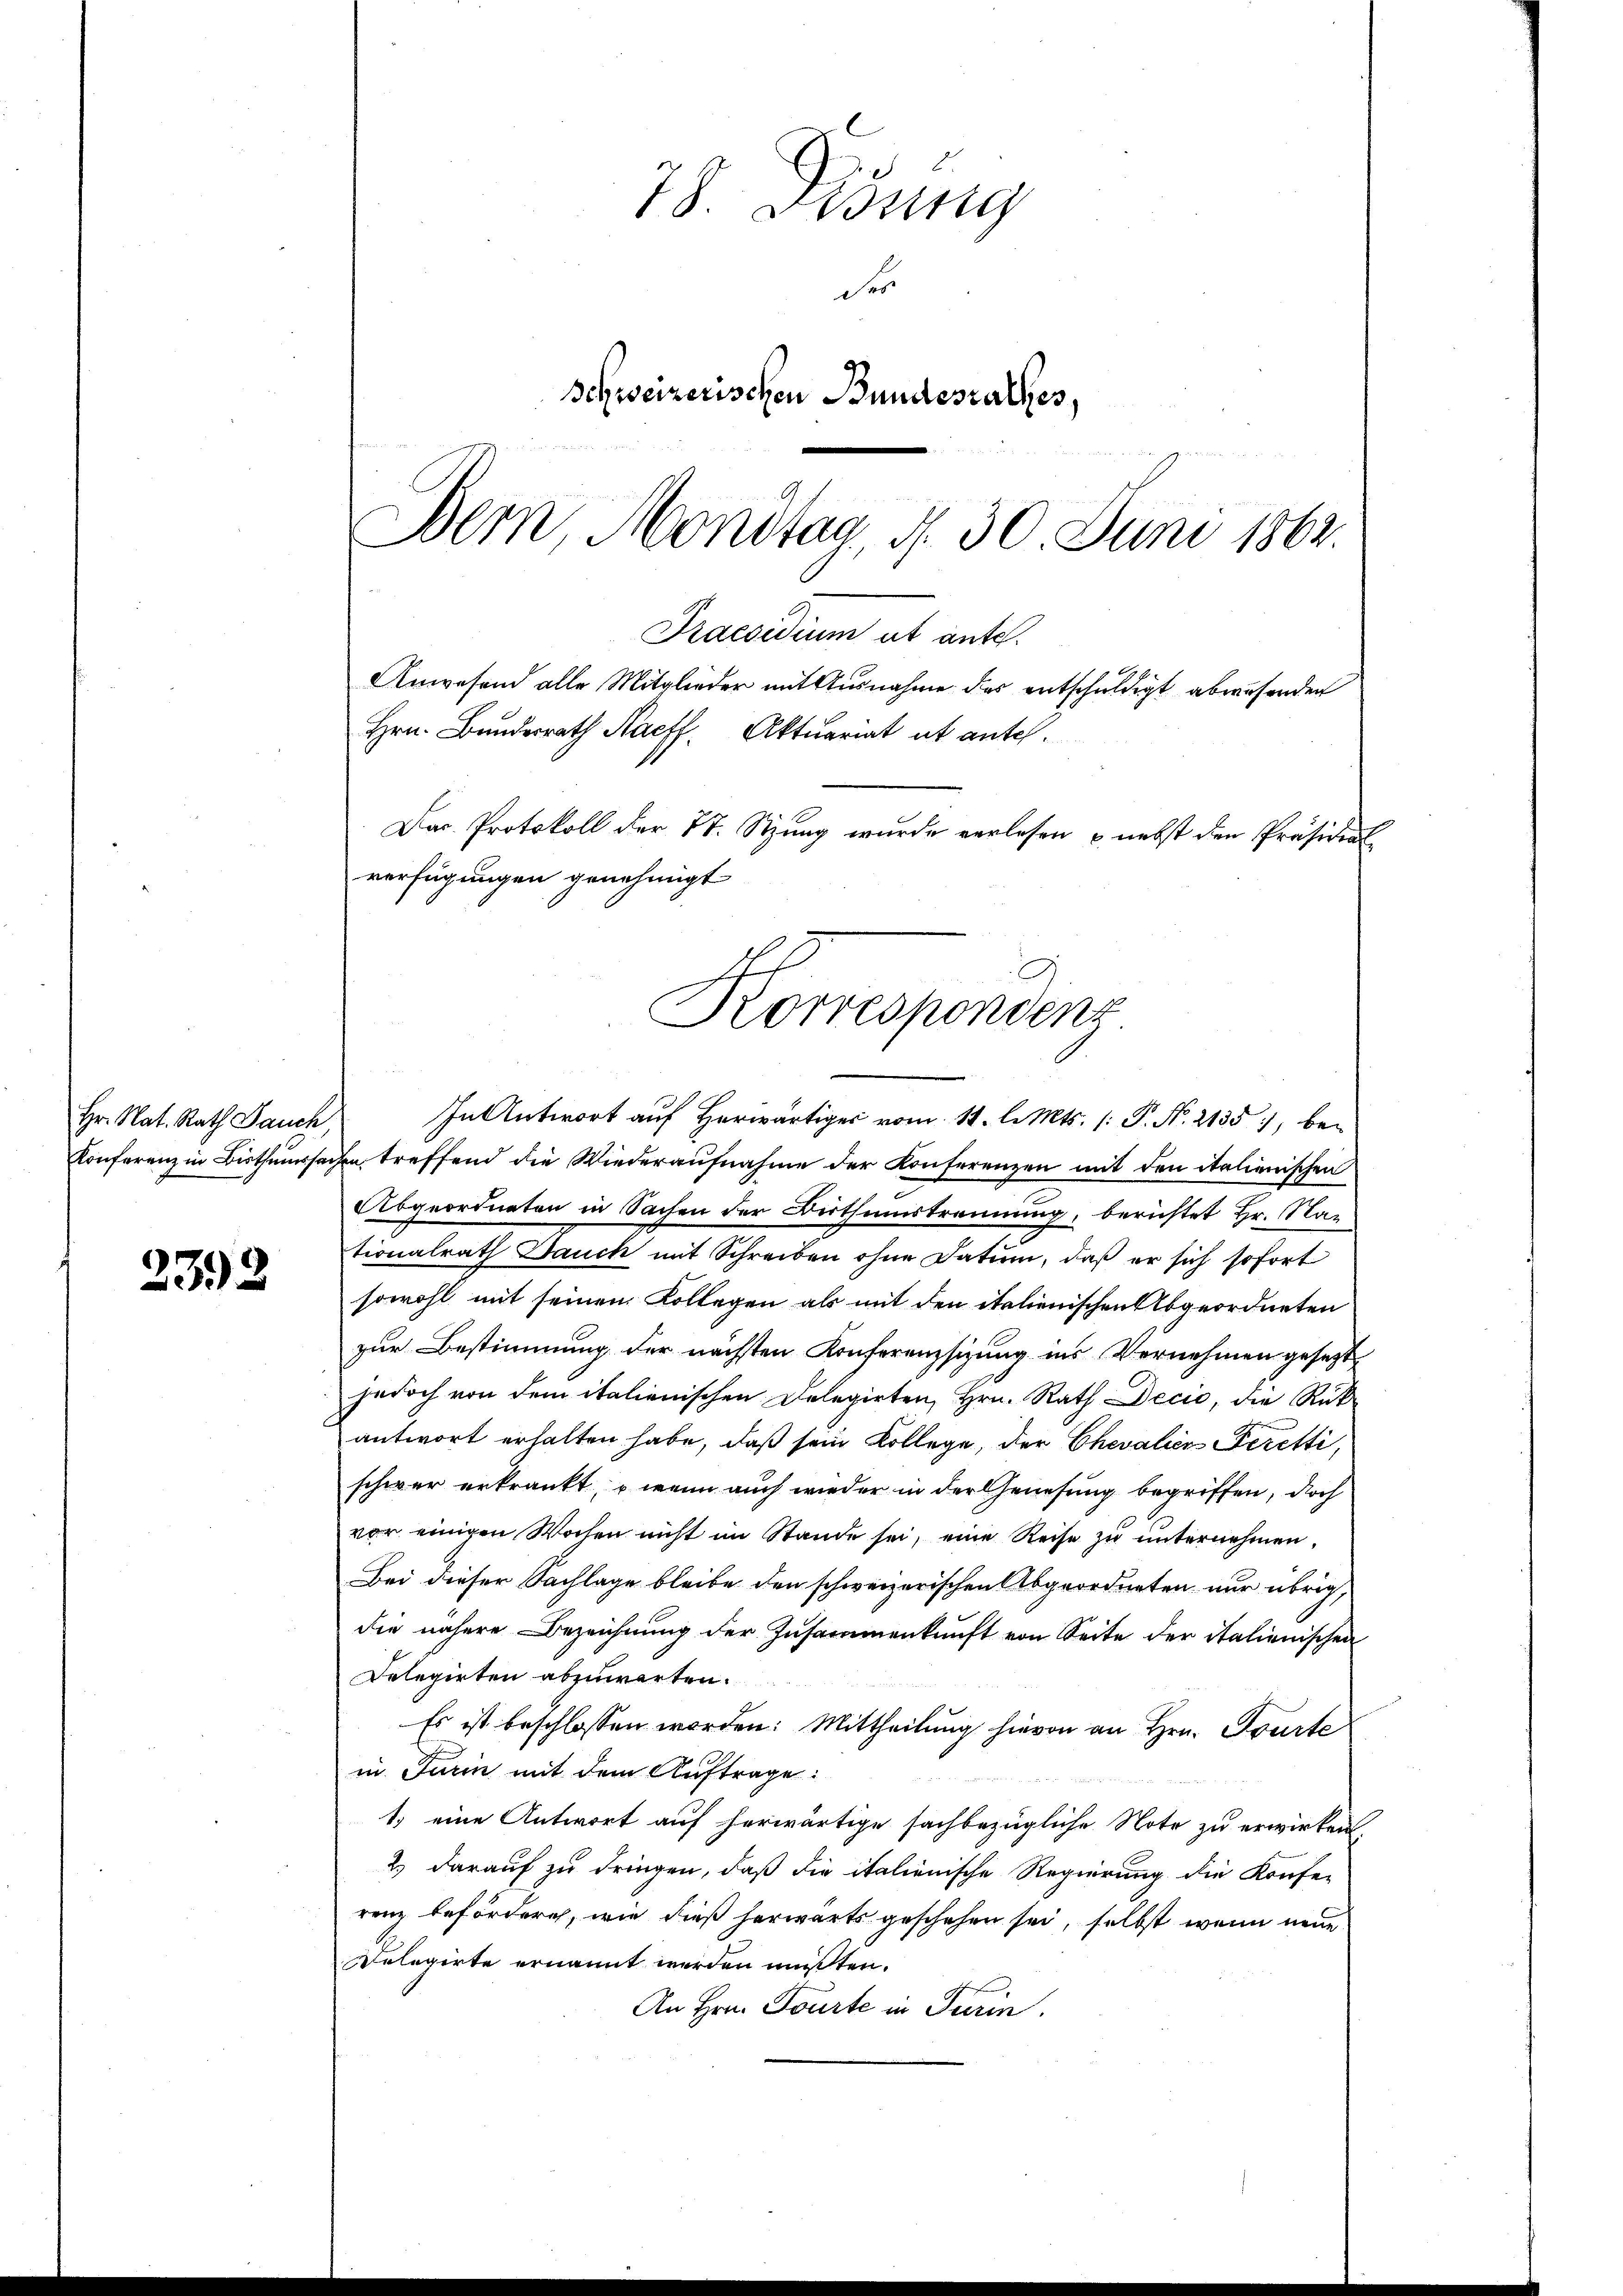
Hr. Nat. Rath Jauch,

2392

78. Dedung
Ser
Schweizerischen Bundesrathes,
Bern, Mondtag, d. 30. Juni 1864.

Praesidium ut ante.
Anwesend alle Mitglieder mit Ausnahme des entschuldigt abwesenden
Hrn. Bundesrath Naeff. Aktuariat et antel¬
Dar. Protokoll der 21. Stung wurde verlesen & nebst den Präsident
verfügungen genehmigt
Konespendenz

In Antwort auf Herwärtiges vom 11. l. Mts. [ P. Nr. 2135, be¬
Konferenz in Bisthumssachen treffend die Wiederaŭfnahme der Konferenzen mit den italienischen
Abgeordneten in Sachen der Dirthumstrennung, berichtet Hr. Nac
tionalrath Dauch mit Schreiben ohne Datum, daß er sich sofort
sowohl mit seinen Kollegen als mit den italienischen Abgeordneten
zur Bestimmung der nächsten Konferenzsizung ins Vernehmen gesetzt
jedoch von dem italienischen Delegirten, Hrn. Rath Decio, die Rück-
antwort erhalten habe, daß sein Kollege, der Chevalien Peretti,
schwer erkrankt, – wenn auch wieder in der Genesung begriffen, doch
vor einigen Wochen nicht im Stande sei, eine Reise zu unternehmen.
Bei dieser Sachlage bleibe den schweizerischen Abgeordneten nur übrig,
die nähere Bezeichnung der Zusammenkunft von Seite der italienischen
Delegirten abzuwarten.
Es ist beschlossen worden: Mittheilung hievon an Hrn. Tourte
in Turin mit dem Auftrage:
1.) eine Antwort auf herwärtige sachbezügliche Note zu erwirken
2.) darauf zu dringen, daß die italienische Regierung die Konfe-
renz befördern, wie dieß herwärts geschehen sei, selbst wenn neue
Delegirte ernannt werden müßten.
An Hrn. Tourte in Turin.